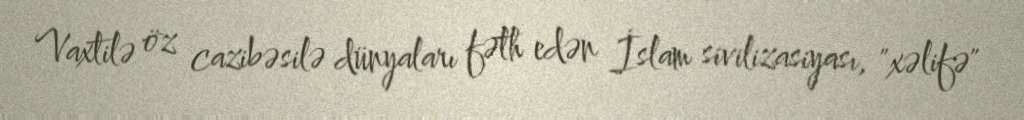
Vaxtilə öz cazibəsilə dünyaları fəth edən İslam sivilizasiyası, "xəlifə"